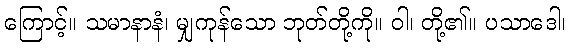
ကြောင့်။ သမာနာနံ၊ မျှကုန်သော ဘုတ်တို့ကို။ ဝါ၊ တို့၏။ ပသာဒေါ၊